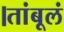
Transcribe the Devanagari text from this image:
।तांबूलं